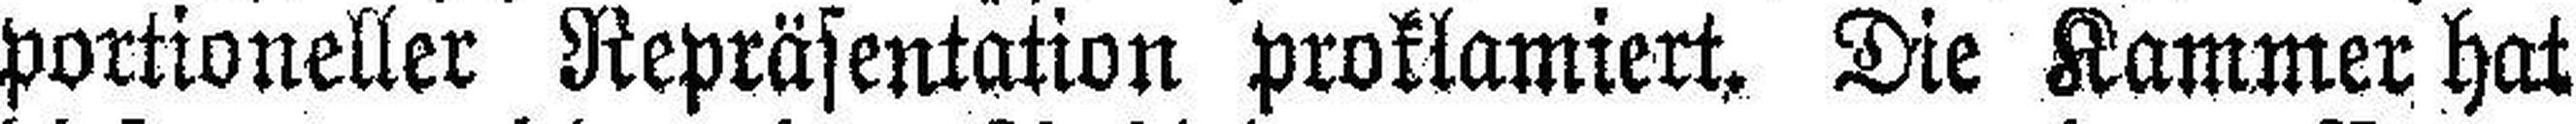
portioneller Repräsentation proklamiert. Die Kammer hat